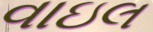
વાઇલ